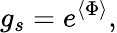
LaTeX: g_{s}=e^{\langle\Phi\rangle},